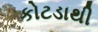
કોટડાથી